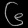
Digit: ၆